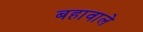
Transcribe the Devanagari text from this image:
बहावाले